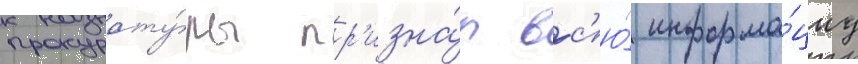
прокурату́ры пр'изна́л вс'ю́ информа́циу